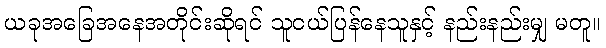
ယခုအခြေအနေအတိုင်းဆိုရင် သူငယ်ပြန်နေသူနှင့် နည်းနည်းမျှ မတူ။